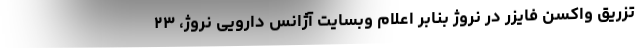
تزریق واکسن فایزر در نروژ بنابر اعلام وبسایت آژانس دارویی نروژ، ۲۳